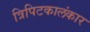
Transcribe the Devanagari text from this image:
त्रिपिटकालंकार